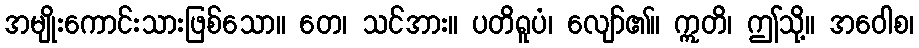
အမျိုးကောင်းသားဖြစ်သော။ တေ၊ သင်အား။ ပတိရူပံ၊ လျော်၏။ ဣတိ၊ ဤသို့။ အဝေါစ၊